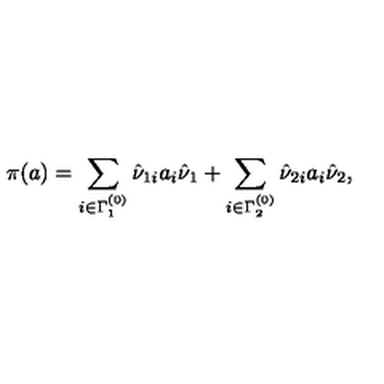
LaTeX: \pi ( a ) = \sum _ { i \in \Gamma _ { 1 } ^ { ( 0 ) } } \hat { \nu } _ { 1 i } a _ { i } \hat { \nu } _ { 1 } + \sum _ { i \in \Gamma _ { 2 } ^ { ( 0 ) } } \hat { \nu } _ { 2 i } a _ { i } \hat { \nu } _ { 2 } ,